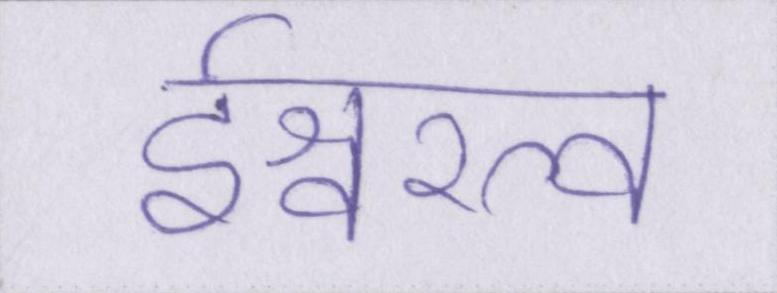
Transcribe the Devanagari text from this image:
ईश्वरत्व